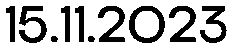
15.11.2023